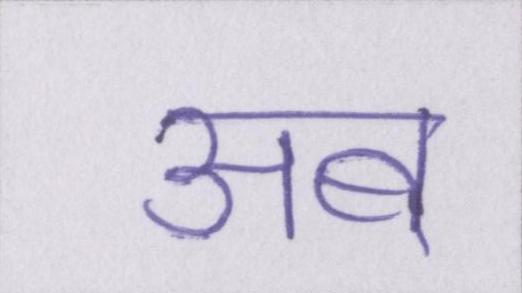
अब